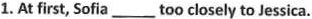
1.At first, Sofia ___ too closely to Jessica.